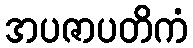
အပဇာပတိကံ